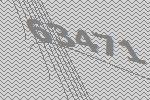
63471